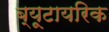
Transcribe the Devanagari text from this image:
ब्यूटायरिक